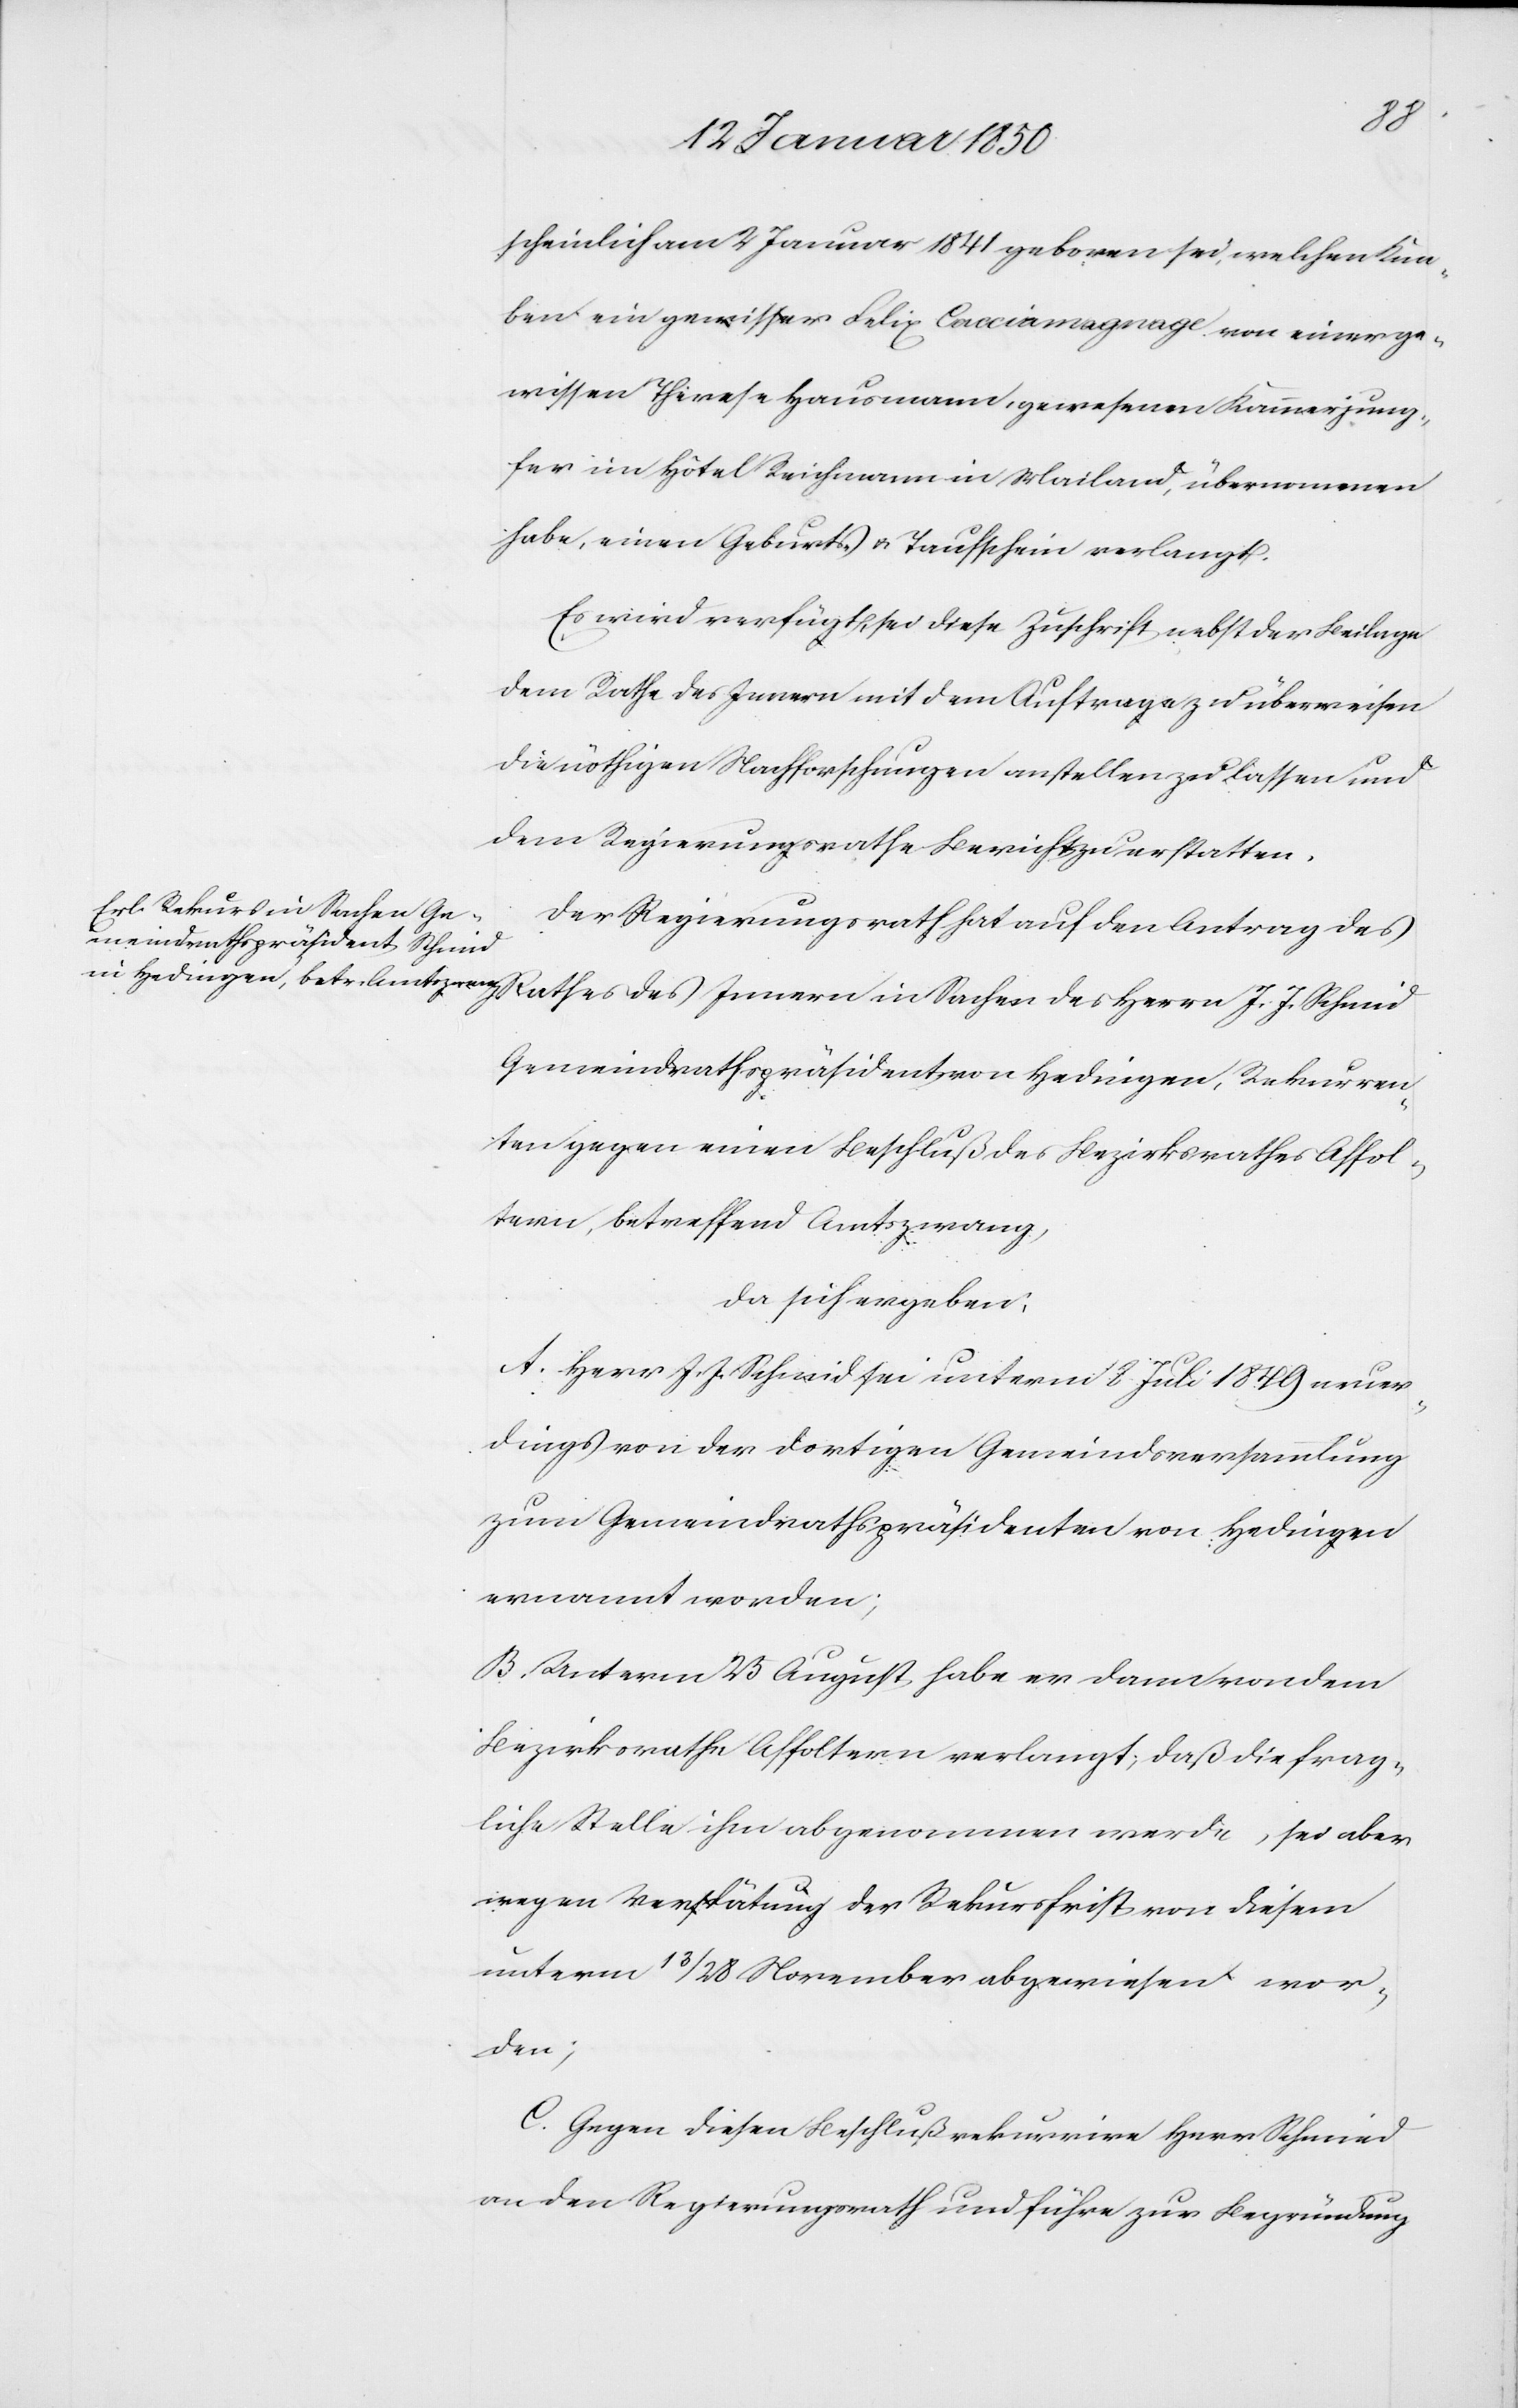
scheinlich am 2 Januar 1841 geboren sei, welchen Kna¬
ben ein gewisser Felix Cacciamagnage von einer ge¬
wissen Therese Hausmann, gewesenen Kammerjung¬
fer im Hôtel Reichmann in Mailand, übernommen
habe, einen Geburts- u. Taufschein verlangt.
Es wird verfügt, sei diese Zuschrift nebst der Beilage
dem Rathe des Innern mit dem Auftrage zu überweisen
die nöthigen Nachforschungen anstellen zu lassen und
dem Regierungsrathe Bericht zu erstatten.
Der Regierungsrath hat auf den Antrag des
Gemeindrathspräsident von Hedingen, Rekurren¬
ten gegen einen Beschluß des Bezirksrathes Affol¬
tern, betreffend Amtszwang,
da sich ergeben:
A. Herr J. J. Schmid sei unterm [? 8] Juli 1849 neuer¬
dings von der dortigen Gemeindsversammlung
zum Gemeindrathspräsidenten von Hedingen
ernannt worden;
B. Unterm 25 Augst habe er dann von dem
Bezirksrathe Affoltern verlangt, daß die frag¬
liche Stelle ihm abgenommen werde, sei aber
wegen Verspätung der Rekursfrist von diesem
unterm 13/28 November abgewiesen wor¬
den;
C. Gegen diesen Beschluß rekurrire Herr Schmied
an den Regierungsrath und führe zur Begründung